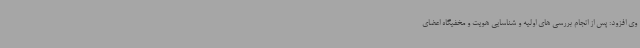
وی افزود: پس از انجام بررسی های اولیه و شناسایی هویت و مخفیگاه اعضای